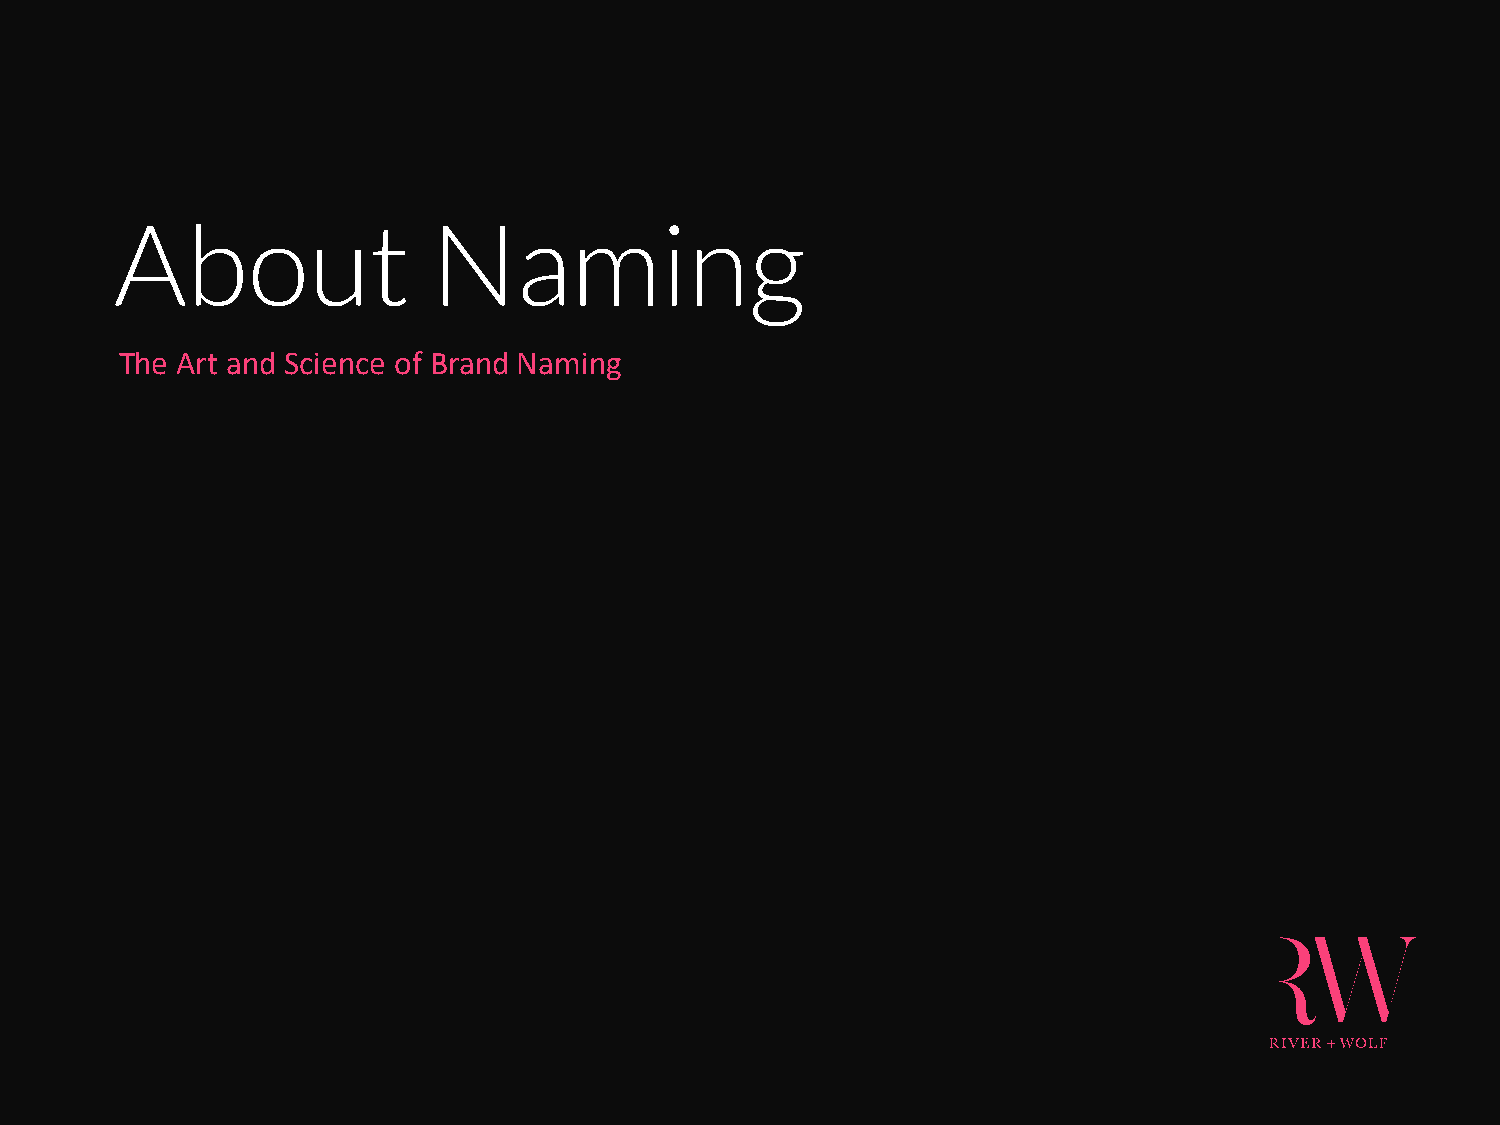
About                Naming
 The Art and Science of Brand Naming